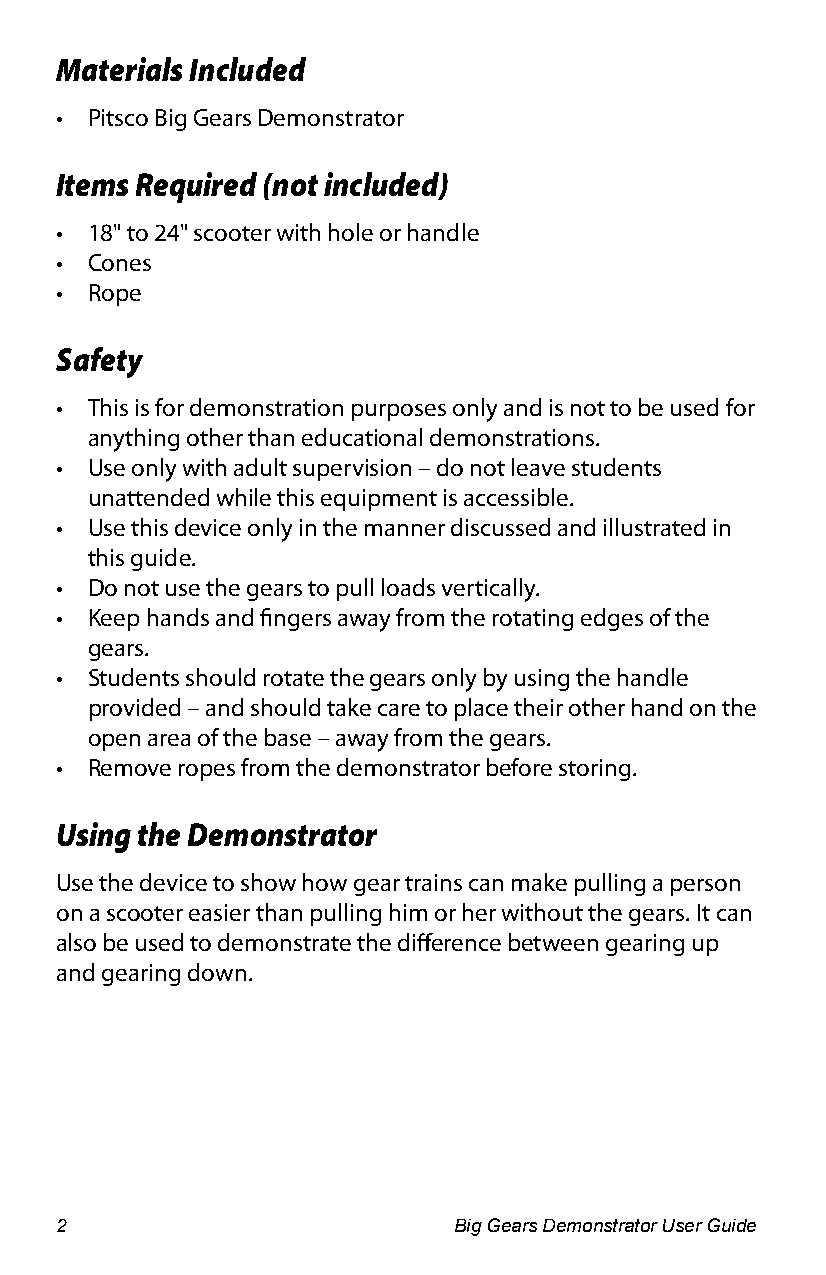
Materials Included
 • Pitsco Big Gears Demonstrator
 Items Required (not included)
 • 18" to 24" scooter with hole or handle
 • Cones
 • Rope
 Safety
 • This is for demonstration purposes only and is not to be used for
 anything other than educational demonstrations.
 • Use only with adult supervision – do not leave students
 unattended while this equipment is accessible.
 • Use this device only in the manner discussed and illustrated in
 this guide.
 • Do not use the gears to pull loads vertically.
 • Keep hands and fingers away from the rotating edges of the
 gears.
 • Students should rotate the gears only by using the handle
 provided – and should take care to place their other hand on the
 open area of the base – away from the gears.
 • Remove ropes from the demonstrator before storing.
 Using the Demonstrator
 Use the device to show how gear trains can make pulling a person
 on a scooter easier than pulling him or her without the gears. It can
 also be used to demonstrate the difference between gearing up
 and gearing down.
 2                         Big Gears Demonstrator User Guide